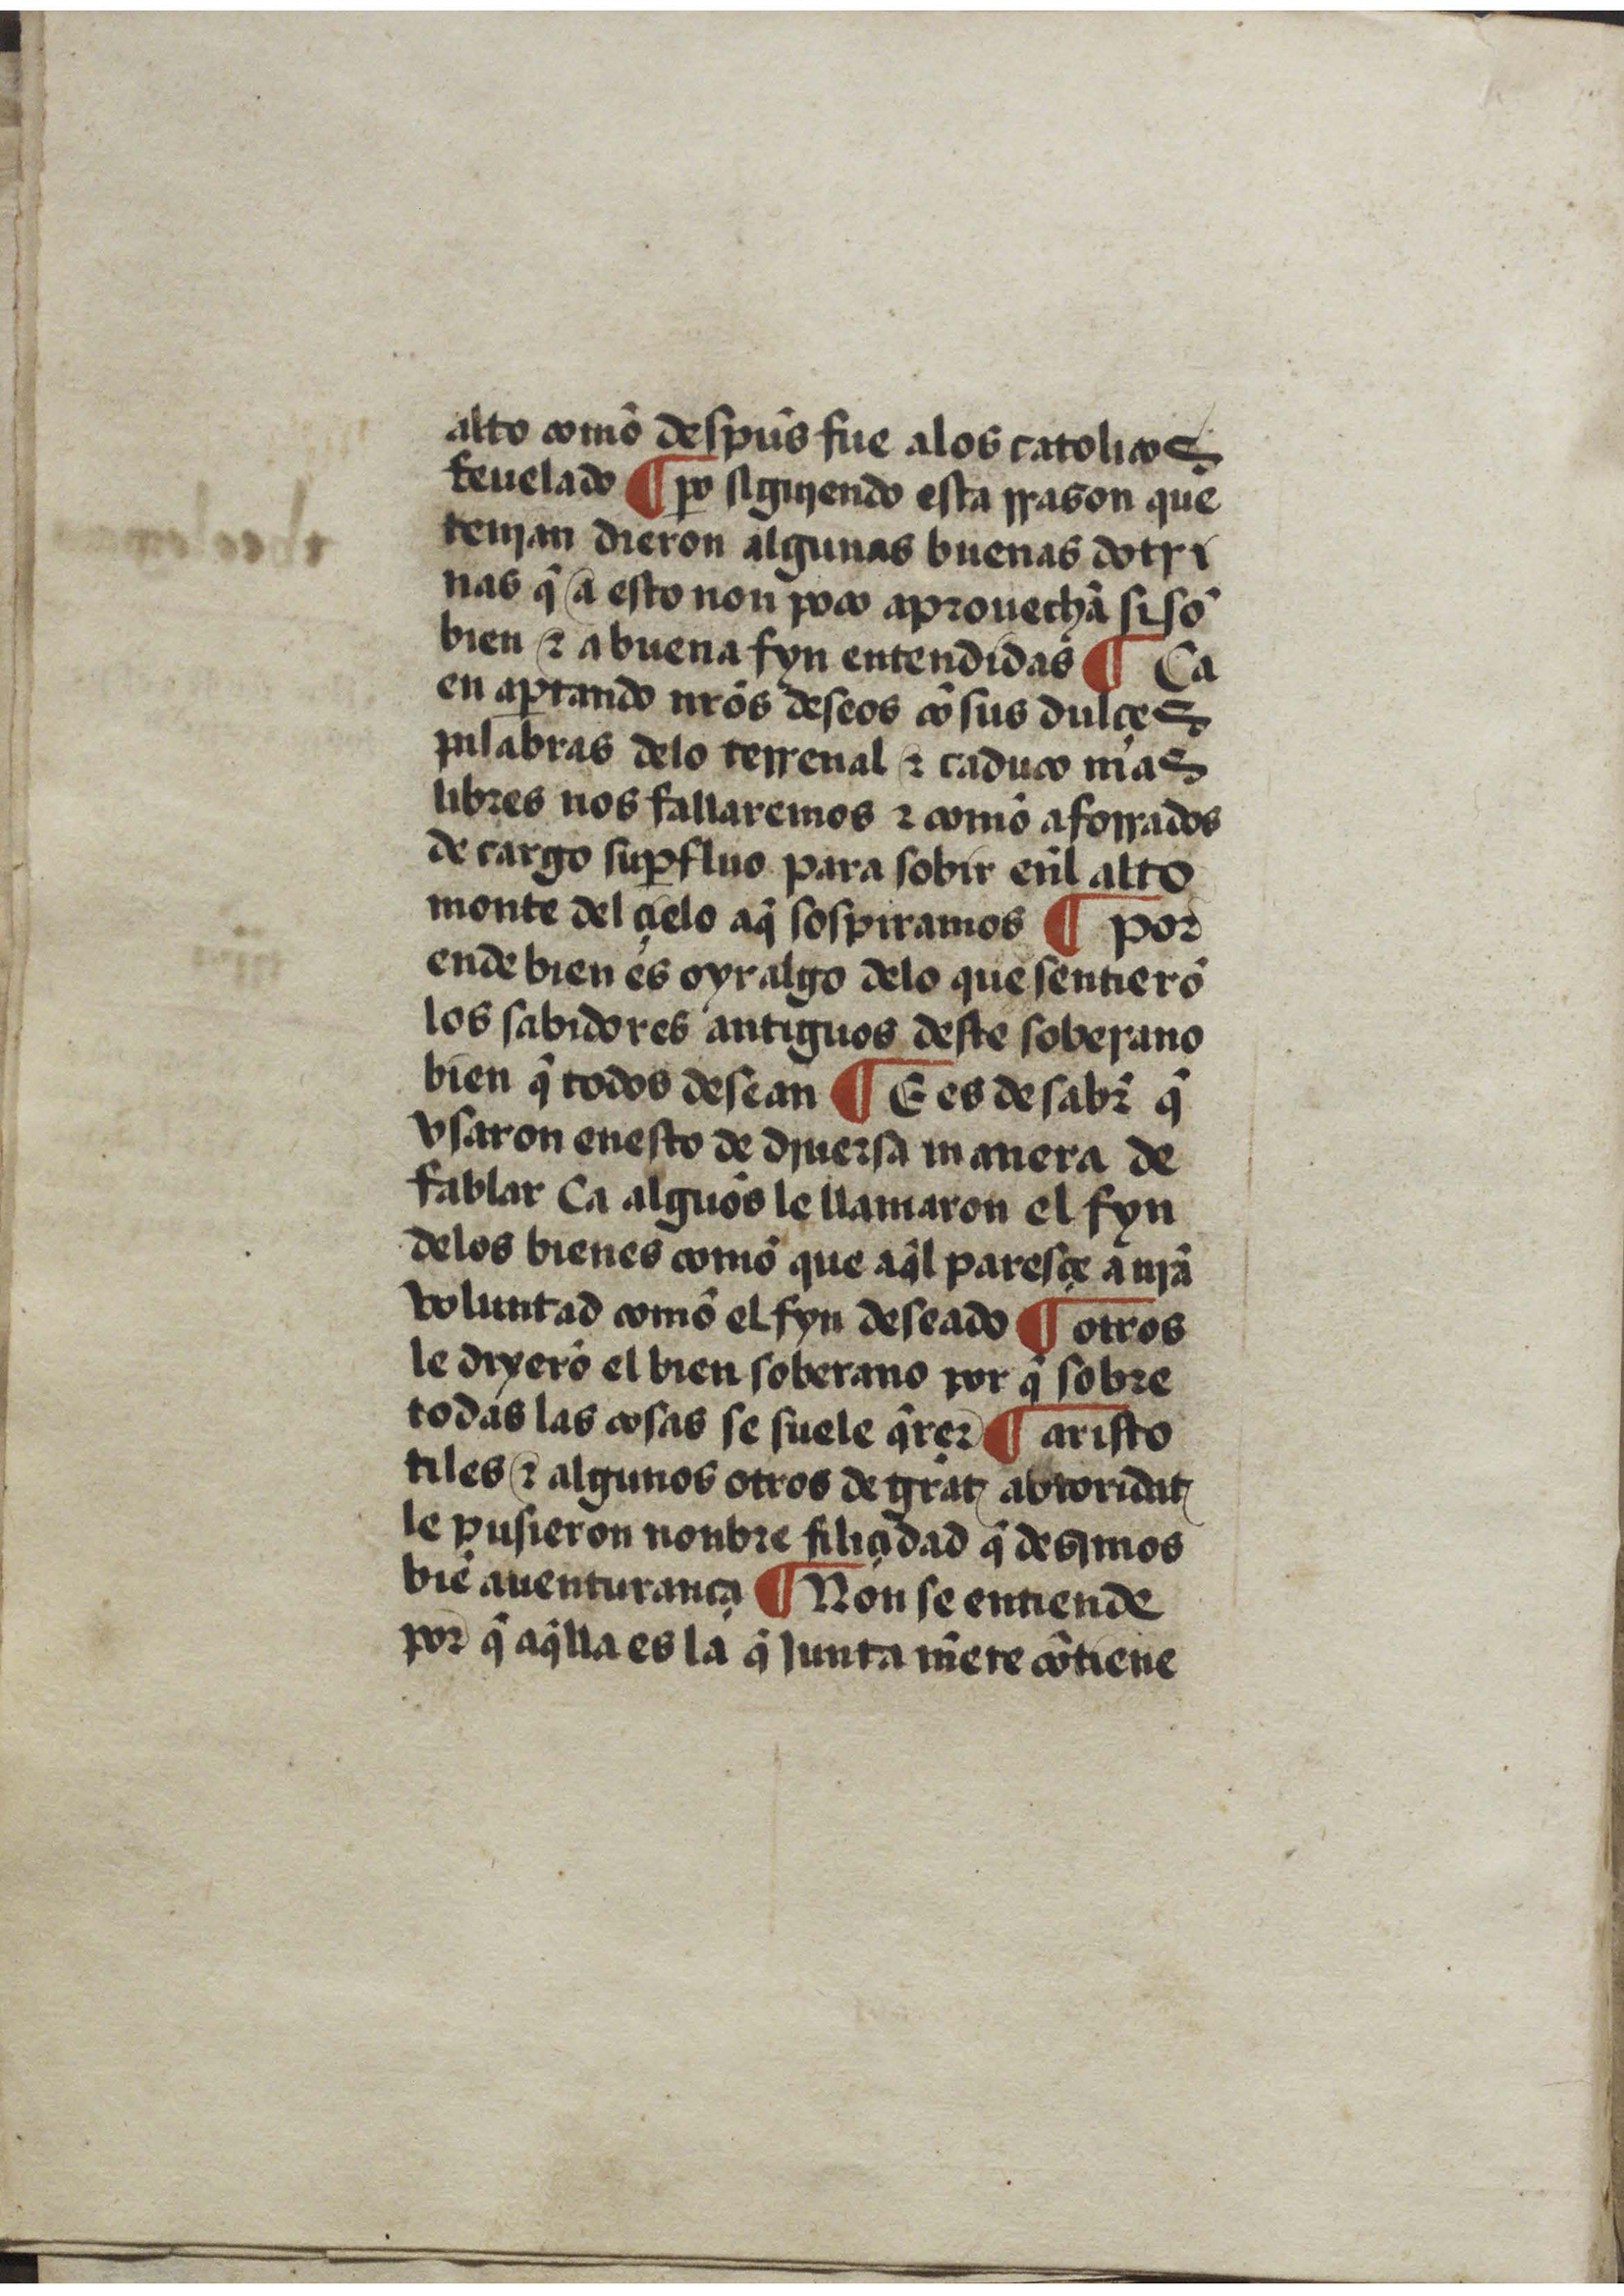
Shelfmark: San Lorenzo de El Escorial, RBME, T-III-5
Century: 15